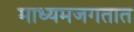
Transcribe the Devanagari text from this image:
माध्यमजगतात